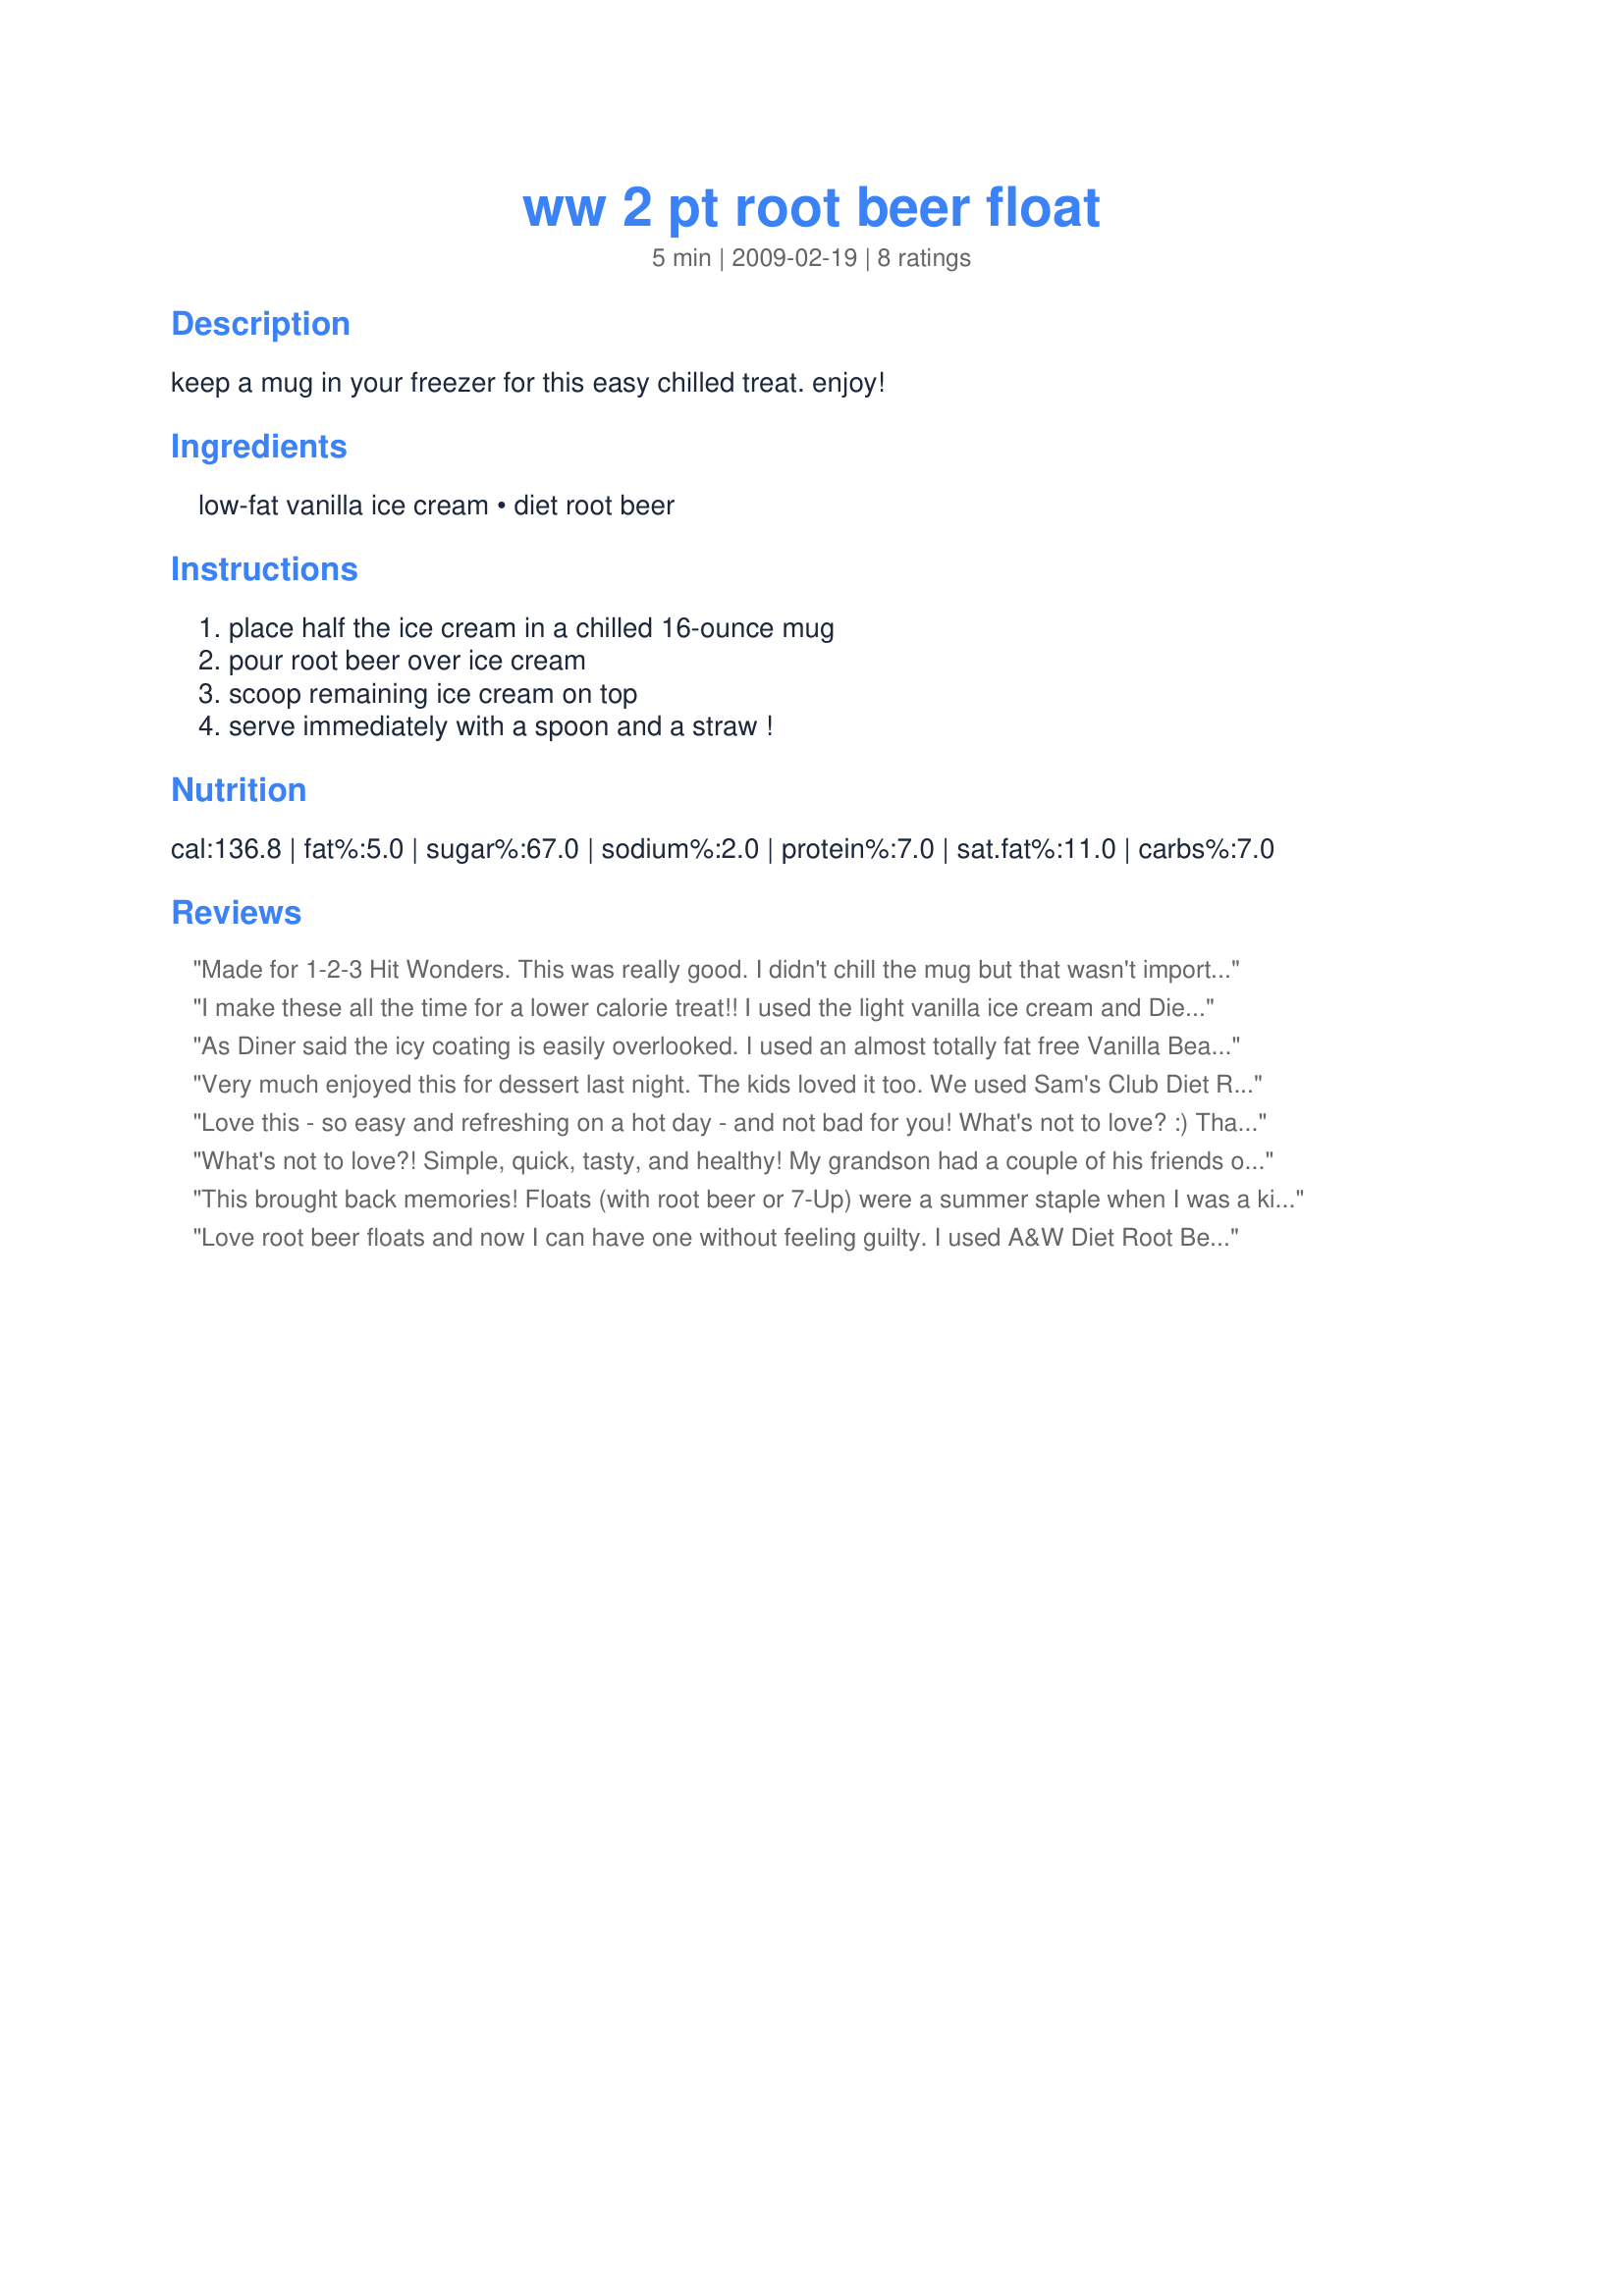
ww 2 pt root beer float
Preparation time: 5 minutes

keep a mug in your freezer for this easy chilled treat. enjoy!

Ingredients:
low-fat vanilla ice cream, diet root beer

Steps:
place half the ice cream in a chilled 16-ounce mug, pour root beer over ice cream, scoop remaining ice cream on top, serve immediately with a spoon and a straw !

Reviews:
Made for 1-2-3 Hit Wonders. This was really good. I didn't chill the mug but that wasn't important to me. Thanks for posting this Nif!
I make these all the time for a lower calorie treat!! I used the light vanilla ice cream and Diet A & W Rootbeer. The diet soda does cause the ice cream to get a icy coating, but for the flavor and lower calories, it is worth it!! Thanks for posting Nif. Made for Potluck Tag.
As Diner said the icy coating is easily overlooked. I used an almost totally fat free Vanilla Bean Frozen Yogurt with the diet root beer. I've had a raging case of Bronchitis for the last week and been living largely on soda's and ice teas. The frozen yogurt was a welcome and easy to get down treat. If you have a family member who is aching from coughing and is having trouble getting anything hot down think of this as soothing comfort for the ill as well as a pure treat just because you want something yummy *wink*.
Very much enjoyed this for dessert last night. The kids loved it too. We used Sam's Club Diet Root Beer and low fat van. ice cream. Thanks.
Love this - so easy and refreshing on a hot day - and not bad for you! What's not to love? :) Thanks for sharing.
What's not to love?! Simple, quick, tasty, and healthy! My grandson had a couple of his friends over this afternoon and their 3-yo. It was the first time that the 3yo had had one of these. He was in heaven, lol. His mom is kinda taking my name in vain because now she feels the need to stock ice cream and root beer. *wink* Thanks Nif for a real winner. Made for Healthy Choices Tag.
This brought back memories! Floats (with root beer or 7-Up) were a summer staple when I was a kid! This was delicious! I used diet root beer and lowfat, no sugar added ice cream to make it even healthier. A real treat on a hot summer night. Thnaks, Nif! Made for tag game in Diabetic Forum.
Love root beer floats and now I can have one without feeling guilty. I used A&W Diet Root Beer and this was a real treat.
